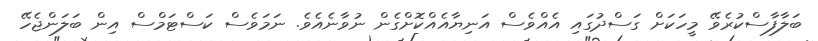
ބަލާފާސްކުރެވޭ މީހަކަށް ގަސްދުގައި އެއްވެސް އަނިޔާއެއްކޮށްގެން ނުވާނެއެވެ. ނަމަވެސް ކަސްޓަމްސް އިން ބަލަންޖެހޭ